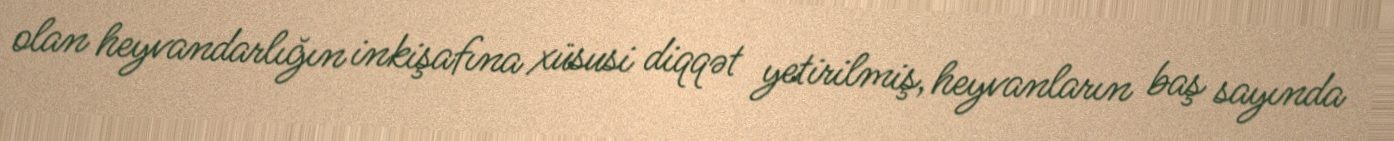
olan heyvandarlığın inkişafına xüsusi diqqət yetirilmiş, heyvanların baş sayında